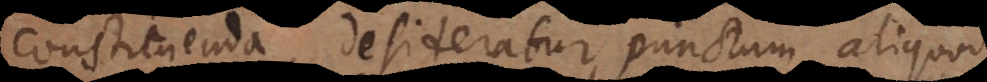
constituenda, desideratur punctum aliquod